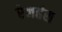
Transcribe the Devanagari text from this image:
रेजहंस